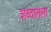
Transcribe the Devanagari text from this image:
शब्दातला